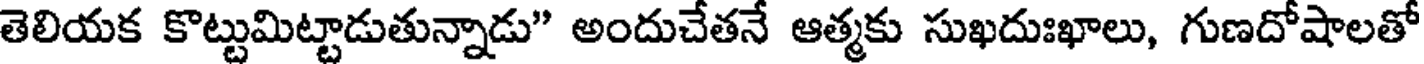
తెలియక కొట్టుమిట్టాడుతున్నాడు" అందుచేతనే ఆత్మకు సుఖదుఃఖాలు, గుణదోషాలతో